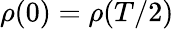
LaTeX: \rho(0)=\rho(T/2)